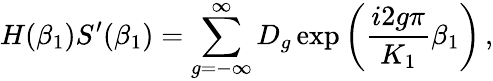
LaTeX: H(\beta_{1})S^{\prime}(\beta_{1})=\sum_{g=-\infty}^{\infty}D_{g}\exp\left(\frac{i2g\pi}{K_{1}}\beta_{1}\right)\, ,